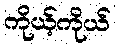
ကိုယ့်ကိုယ်